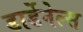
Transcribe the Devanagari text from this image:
डार्डेनेल्स